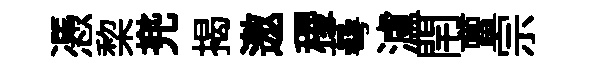
慿棃兠揭邀稷蕚瀘閈亶宗